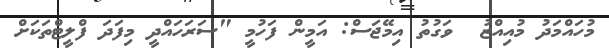
މުހައްމަދު މުއިއްޒު  ވަގުތު އިމޭޖަސް: އަމީން ފަހުމީ "ސަރަހައްދީ މިފަދަ ފްލީޓްތަކަށް